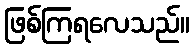
ဖြစ်ကြရလေသည်။